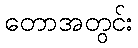
တောအတွင်း